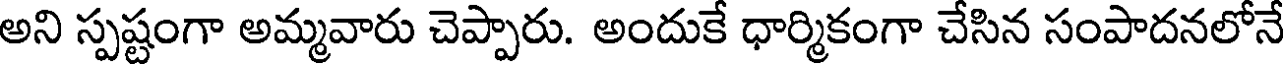
అని స్పష్టంగా అమ్మవారు చెప్పారు. అందుకే ధార్మికంగా చేసిన సంపాదనలోనే